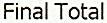
FINAL TOTAL